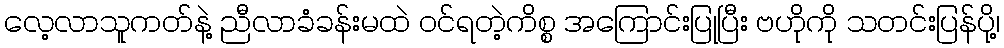
လေ့လာသူကတ်နဲ့ ညီလာခံခန်းမထဲ ဝင်ရတဲ့ကိစ္စ အကြောင်းပြုပြီး ဗဟိုကို သတင်းပြန်ပို့၊